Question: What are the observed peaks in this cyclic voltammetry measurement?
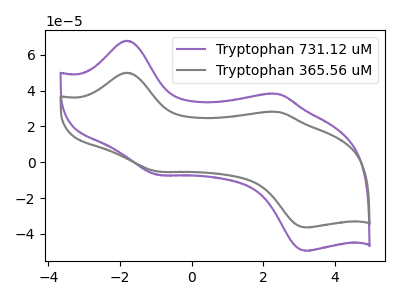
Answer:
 <answer>The purple curve "Tryptophan 731.12 uM" has anodic peaks at (-1.85V, 67.80uA) (2.40V, 38.15uA) and cathodic peaks at (-0.95V, -7.05uA) (3.15V, -49.35uA). The gray curve "Tryptophan 365.56 uM" has anodic peaks at (-1.85V, 49.95uA) (2.40V, 28.10uA) and cathodic peaks at (-0.95V, -5.20uA) (3.15V, -36.35uA).</answer>
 <eval></eval>